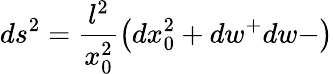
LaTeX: ds^{2}=\frac{l^{2}}{x_{0}^{2}}\left(dx_{0}^{2}+dw^{+}dw-\right)